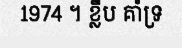
1974 ។ ខ្លឹប គាំទ្រ